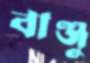
বাঞ্জু